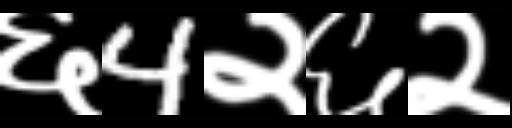
Text: ६4२६२